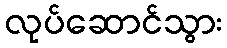
လုပ်ဆောင်သွား